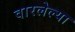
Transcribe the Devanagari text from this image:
वारलेल्या